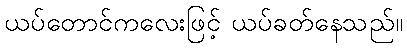
ယပ်တောင်ကလေးဖြင့် ယပ်ခတ်နေသည်။